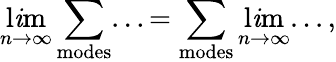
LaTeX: \operatorname*{l\mathit{i}m}_{n\rightarrow\infty}\sum_{\mathrm{{modes}}}...=\sum_{\mathrm{{modes}}}\operatorname*{l\mathit{i}m}_{n\rightarrow\infty}...,